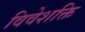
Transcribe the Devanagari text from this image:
विवेशक्ति